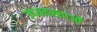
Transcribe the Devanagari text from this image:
उपअवस्थाओं